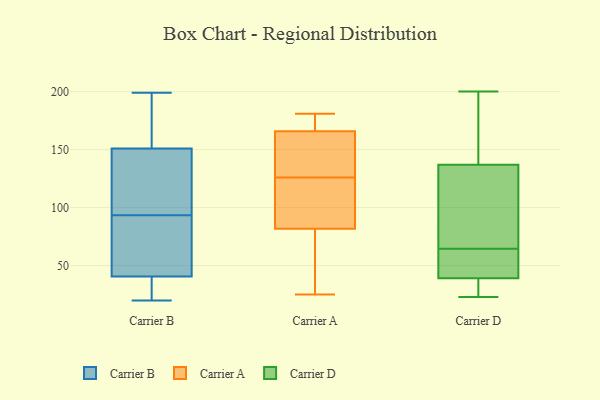
{"axis": {"x": "Conversion Rate (%)", "y": "Value"}, "legend": ["Carrier A", "Carrier B", "Carrier D"], "data": [{"x": "", "y": 20, "type": "Carrier B"}, {"x": "", "y": 57, "type": "Carrier B"}, {"x": "", "y": 20, "type": "Carrier B"}, {"x": "", "y": 132, "type": "Carrier B"}, {"x": "", "y": 54, "type": "Carrier B"}, {"x": "", "y": 27, "type": "Carrier B"}, {"x": "", "y": 112, "type": "Carrier B"}, {"x": "", "y": 161, "type": "Carrier B"}, {"x": "", "y": 199, "type": "Carrier B"}, {"x": "", "y": 75, "type": "Carrier B"}, {"x": "", "y": 156, "type": "Carrier B"}, {"x": "", "y": 146, "type": "Carrier B"}, {"x": "", "y": 84, "type": "Carrier A"}, {"x": "", "y": 131, "type": "Carrier A"}, {"x": "", "y": 179, "type": "Carrier A"}, {"x": "", "y": 179, "type": "Carrier A"}, {"x": "", "y": 25, "type": "Carrier A"}, {"x": "", "y": 126, "type": "Carrier A"}, {"x": "", "y": 171, "type": "Carrier A"}, {"x": "", "y": 101, "type": "Carrier A"}, {"x": "", "y": 29, "type": "Carrier A"}, {"x": "", "y": 134, "type": "Carrier A"}, {"x": "", "y": 150, "type": "Carrier A"}, {"x": "", "y": 181, "type": "Carrier A"}, {"x": "", "y": 101, "type": "Carrier A"}, {"x": "", "y": 80, "type": "Carrier A"}, {"x": "", "y": 81, "type": "Carrier A"}, {"x": "", "y": 31, "type": "Carrier D"}, {"x": "", "y": 46, "type": "Carrier D"}, {"x": "", "y": 55, "type": "Carrier D"}, {"x": "", "y": 135, "type": "Carrier D"}, {"x": "", "y": 30, "type": "Carrier D"}, {"x": "", "y": 94, "type": "Carrier D"}, {"x": "", "y": 137, "type": "Carrier D"}, {"x": "", "y": 23, "type": "Carrier D"}, {"x": "", "y": 155, "type": "Carrier D"}, {"x": "", "y": 153, "type": "Carrier D"}, {"x": "", "y": 39, "type": "Carrier D"}, {"x": "", "y": 200, "type": "Carrier D"}, {"x": "", "y": 39, "type": "Carrier D"}, {"x": "", "y": 74, "type": "Carrier D"}]}